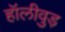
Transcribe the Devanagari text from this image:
हॉलीवुड़